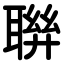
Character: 聨